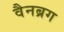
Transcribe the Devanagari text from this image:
वैनब्रग